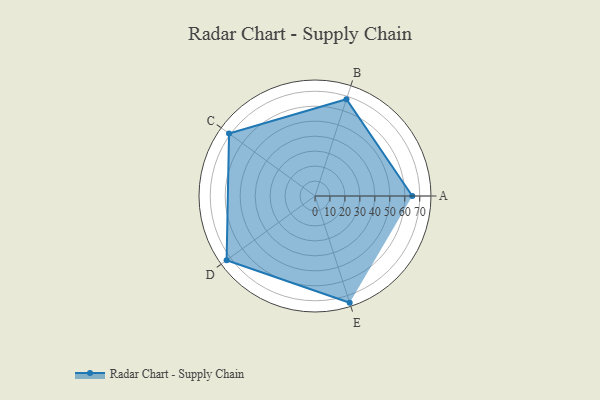
{"axis": {"x": "Skill", "y": "Score"}, "legend": ["Profile"], "data": [{"x": "A", "y": 65.0, "type": "Profile"}, {"x": "B", "y": 68.0, "type": "Profile"}, {"x": "C", "y": 71.0, "type": "Profile"}, {"x": "D", "y": 73.0, "type": "Profile"}, {"x": "E", "y": 75.0, "type": "Profile"}]}